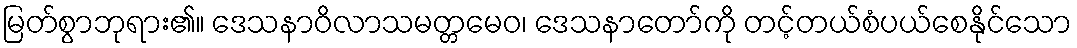
မြတ်စွာဘုရား၏။ ဒေသနာဝိလာသမတ္တမေဝ၊ ဒေသနာတော်ကို တင့်တယ်စံပယ်စေနိုင်သော